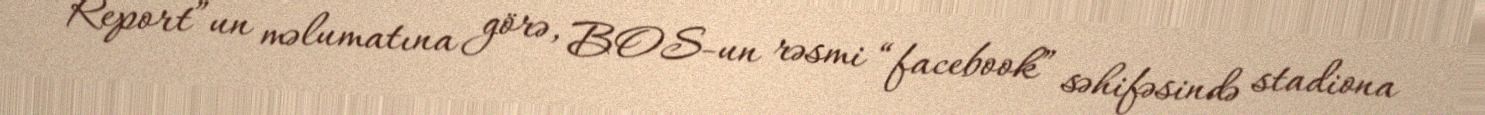
“Report”un məlumatına görə, BOS-un rəsmi “facebook” səhifəsində stadiona